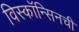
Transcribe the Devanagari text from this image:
विस्कॉन्सिनची